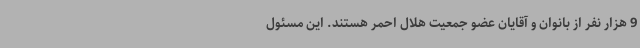
9 هزار نفر از بانوان و آقایان عضو جمعیت هلال احمر هستند. این مسئول